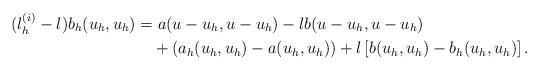
LaTeX: \begin{align*}(\l_{h}^{(i)}-\l )b_h(u_{h},u_{h})&=a(u-u_{h},u-u_{h})-\l b(u-u_{h},u-u_{h})\\&\quad+(a_{h}(u_{h},u_{h})-a(u_{h},u_{h}))+\l\left[b(u_{h},u_{h})-b_{h}(u_{h},u_{h})\right].\end{align*}